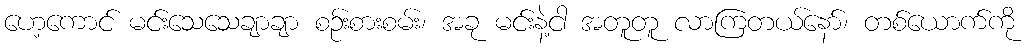
ဟေ့ကောင် မင်းသေသေချာချာ စဉ်းစားစမ်း၊ အခု မင်းနဲ့ငါ အတူတူ လာကြတယ်နော်၊ တစ်ယောက်ကို